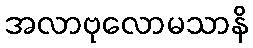
အလာဗုလောမသာနိ